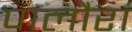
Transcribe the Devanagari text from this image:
पालौरा